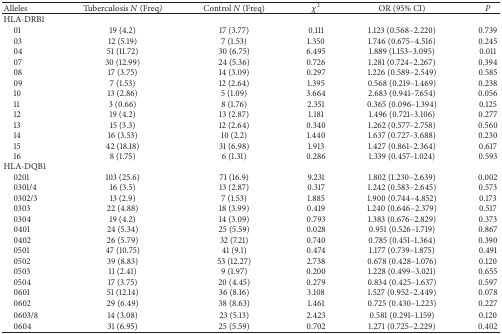
<table><thead><tr><td><b>Alleles</b></td><td><b>Tuberculosis N (Freq) </b></td><td><b>Control <i>N</i> (Freq)</b></td><td><b><i>χ</i><sup>2</sup></b></td><td><b>OR (95% CI)</b></td><td><b>P</b></td></tr></thead><tbody><tr><td>HLA-DRB1</td><td> </td><td> </td><td> </td><td> </td><td> </td></tr><tr><td> 01</td><td>19 (4.2)</td><td>17 (3.77)</td><td>0.111</td><td>1.123 (0.568–2.220)</td><td>0.739</td></tr><tr><td> 03</td><td>12 (5.19)</td><td>7 (1.53)</td><td>1.350</td><td>1.746 (0.675–4.516)</td><td>0.245</td></tr><tr><td> 04</td><td>51 (11.72)</td><td>30 (6.75)</td><td>6.495</td><td>1.889 (1.153–3.095)</td><td>0.011</td></tr><tr><td> 07</td><td>30 (12.99)</td><td>24 (5.36)</td><td>0.726</td><td>1.281 (0.724–2.267)</td><td>0.394</td></tr><tr><td> 08</td><td>17 (3.75)</td><td>14 (3.09)</td><td>0.297</td><td>1.226 (0.589–2.549)</td><td>0.585</td></tr><tr><td> 09</td><td>7 (1.53)</td><td>12 (2.64)</td><td>1.395</td><td>0.568 (0.219–1.469)</td><td>0.238</td></tr><tr><td> 10</td><td>13 (2.86)</td><td>5 (1.09)</td><td>3.664</td><td>2.683 (0.941–7.654)</td><td>0.056</td></tr><tr><td> 11</td><td>3 (0.66)</td><td>8 (1.76)</td><td>2.351</td><td>0.365 (0.096–1.394)</td><td>0.125</td></tr><tr><td> 12</td><td>19 (4.2)</td><td>13 (2.87)</td><td>1.181</td><td>1.496 (0.721–3.106)</td><td>0.277</td></tr><tr><td> 13</td><td>15 (3.3)</td><td>12 (2.64)</td><td>0.340</td><td>1.262 (0.577–2.758)</td><td>0.560</td></tr><tr><td> 14</td><td>16 (3.53)</td><td>10 (2.2)</td><td>1.440</td><td>1.637 (0.727–3.688)</td><td>0.230</td></tr><tr><td> 15</td><td>42 (18.18)</td><td>31 (6.98)</td><td>1.913</td><td>1.427 (0.861–2.364)</td><td>0.617</td></tr><tr><td> 16</td><td>8 (1.75)</td><td>6 (1.31)</td><td>0.286</td><td>1.339 (0.457–1.024)</td><td>0.593</td></tr><tr><td>HLA-DQB1</td><td> </td><td> </td><td> </td><td> </td><td> </td></tr><tr><td> 0201</td><td>103 (25.6)</td><td>71 (16.9)</td><td>9.231</td><td>1.802 (1.230–2.639)</td><td>0.002</td></tr><tr><td> 0301/4</td><td>16 (3.5)</td><td>13 (2.87)</td><td>0.317</td><td>1.242 (0.583–2.645)</td><td>0.573</td></tr><tr><td> 0302/3</td><td>13 (2.9)</td><td>7 (1.53)</td><td>1.885</td><td>1.900 (0.744–4.852)</td><td>0.173</td></tr><tr><td> 0303</td><td>22 (4.88)</td><td>18 (3.99)</td><td>0.419</td><td>1.240 (0.646–2.379)</td><td>0.517</td></tr><tr><td> 0304</td><td>19 (4.2)</td><td>14 (3.09)</td><td>0.793</td><td>1.383 (0.676–2.829)</td><td>0.373</td></tr><tr><td> 0401</td><td>24 (5.34)</td><td>25 (5.59)</td><td>0.028</td><td>0.951 (0.526–1.719)</td><td>0.867</td></tr><tr><td> 0402</td><td>26 (5.79)</td><td>32 (7.21)</td><td>0.740</td><td>0.785 (0.451–1.364)</td><td>0.390</td></tr><tr><td> 0501</td><td>47 (10.75)</td><td>41 (9.1)</td><td>0.474</td><td>1.177 (0.739–1.875)</td><td>0.491</td></tr><tr><td> 0502</td><td>39 (8.83)</td><td>53 (12.27)</td><td>2.738</td><td>0.678 (0.428–1.076)</td><td>0.120</td></tr><tr><td> 0503</td><td>11 (2.41)</td><td>9 (1.97)</td><td>0.200</td><td>1.228 (0.499–3.021)</td><td>0.655</td></tr><tr><td> 0504</td><td>17 (3.75)</td><td>20 (4.45)</td><td>0.279</td><td>0.834 (0.425–1.637)</td><td>0.597</td></tr><tr><td> 0601</td><td>51 (12.14)</td><td>36 (8.16)</td><td>3.108</td><td>1.527 (0.952–2.449)</td><td>0.078</td></tr><tr><td> 0602</td><td>29 (6.49)</td><td>38 (8.63)</td><td>1.461</td><td>0.725 (0.430–1.223)</td><td>0.227</td></tr><tr><td> 0603/8</td><td>14 (3.08)</td><td>23 (5.13)</td><td>2.423</td><td>0.581 (0.291–1.159)</td><td>0.120</td></tr><tr><td> 0604</td><td>31 (6.95)</td><td>25 (5.59)</td><td>0.702</td><td>1.271 (0.725–2.229)</td><td>0.402</td></tr></tbody></table>